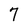
Character: 7